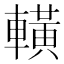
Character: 𨎩